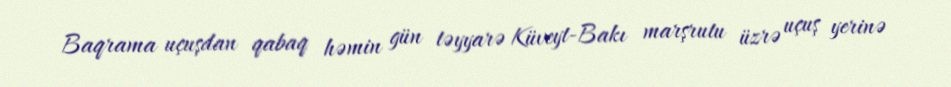
Baqrama uçuşdan qabaq həmin gün təyyarə Küveyt-Bakı marşrutu üzrə uçuş yerinə